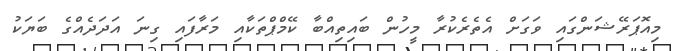
މިއޮޕަރޭޝަންގައި ވަގަށް އެތެރެކުރާ މީހުން ބައިތިއްބާ ކޭމްޕްތަކާއި މަރާފައި ގިނަ އަދަދެއްގެ ބަޔަކު